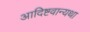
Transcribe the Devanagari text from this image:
आदिष्टवान्यथा